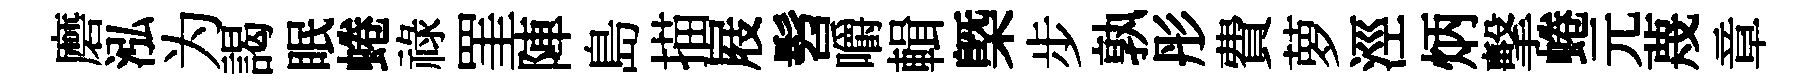
磨泓为謁眠蜷祿罣陣島描屐髫嚼輯㮣步孰彤費萝涇炳擊蜷元蔑章